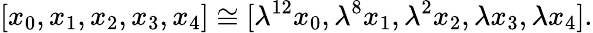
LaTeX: [x_{0},x_{1},x_{2},x_{3},x_{4}]\cong[\lambda^{12}x_{0},\lambda^{8}x_{1},\lambda^{2}x_{2},\lambda x_{3},\lambda x_{4}].